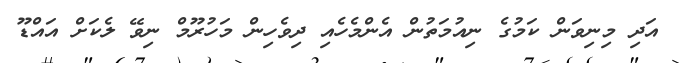
އަދި މިނިވަން ކަމުގެ ނިއުމަތުން އެންމެހެއި ދިވެހިން މަހުރޫމް ނިވޭ ލެކަށް އައްޑޫ